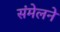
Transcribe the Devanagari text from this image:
संमेलनेे